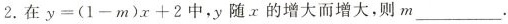
2. 在$$y = ( 1 - m ) x + 2$$ 中，y 随 x 的增大而增大，则 m ___.